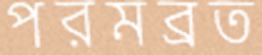
পরমব্রত